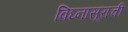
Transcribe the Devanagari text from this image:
विघ्‍नासूराची